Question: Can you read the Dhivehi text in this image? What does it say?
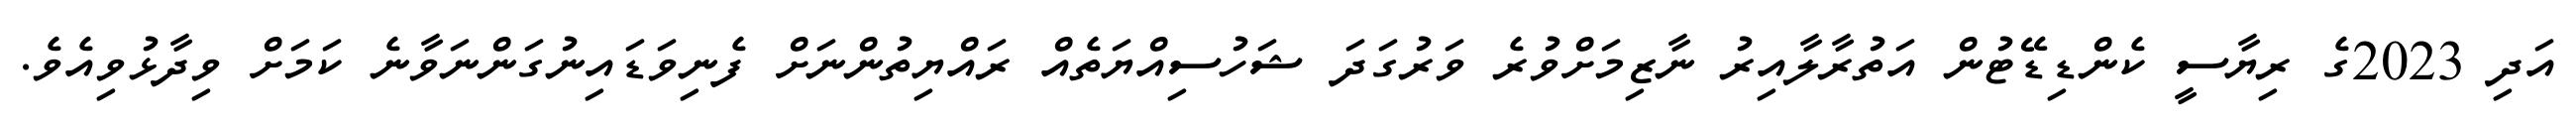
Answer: އަދި 2023ގެ ރިޔާސީ ކެންޑިޑޭޓުން އަތުރާލާއިރު ނާޒިމަށްވުރެ ވަރުގަދަ ޝަހުސިއްޔަތެއް ރައްޔިތުންނަށް ފެނިވަޑައިނުގަންނަވާނެ ކަމަށް ވިދާޅުވިއެވެ.